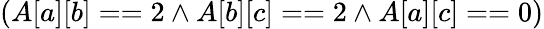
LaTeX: (A[a][b]==2\land A[b][c]==2\land A[a][c]==0)